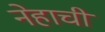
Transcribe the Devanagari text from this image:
नेहाची